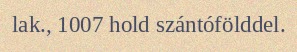
lak., 1007 hold szántófölddel.